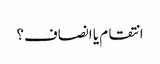
انتقام یا انصاف؟